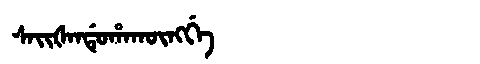
Manchu: ᠰᠠᡳᡧᠠᠨᡩᡠᡥᠠᡴᡡᠩᡤᡝ
Romanization: SAIŠANDUHAKŪNGGE